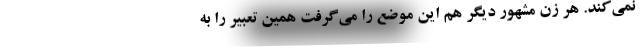
نمی‌کند. هر زن مشهور دیگر هم این موضع را می‌گرفت همین تعبیر را به